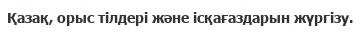
Қазақ, орыс тілдері және ісқағаздарын жүргізу.